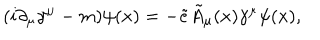
LaTeX: ( i \partial _ { \mu } \gamma ^ { \mu } - m ) \psi ( x ) = - { \tilde { e } } { \tilde { A } } _ { \mu } ( x ) \gamma ^ { \mu } \psi ( x ) ,